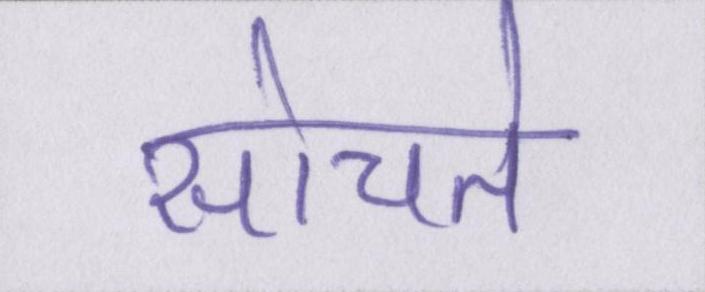
सोचते